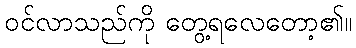
ဝင်လာသည်ကို တွေ့ရလေတော့၏။